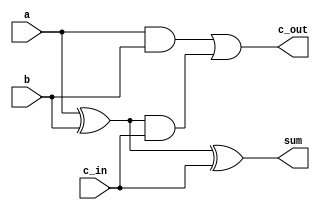
`timescale 1ns/1ps

module adder 
 

(
  input a,
  input b,
  input c_in,
  output  c_out,
  output sum
);

      assign sum = a ^ b ^ c_in;
      assign c_out = (a & b) | (a ^ b ) & c_in;

endmodule